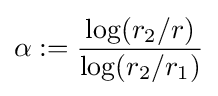
\alpha :={\frac {\log(r_{2}/r)}{\log(r_{2}/r_{1})}}